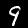
Label: 9